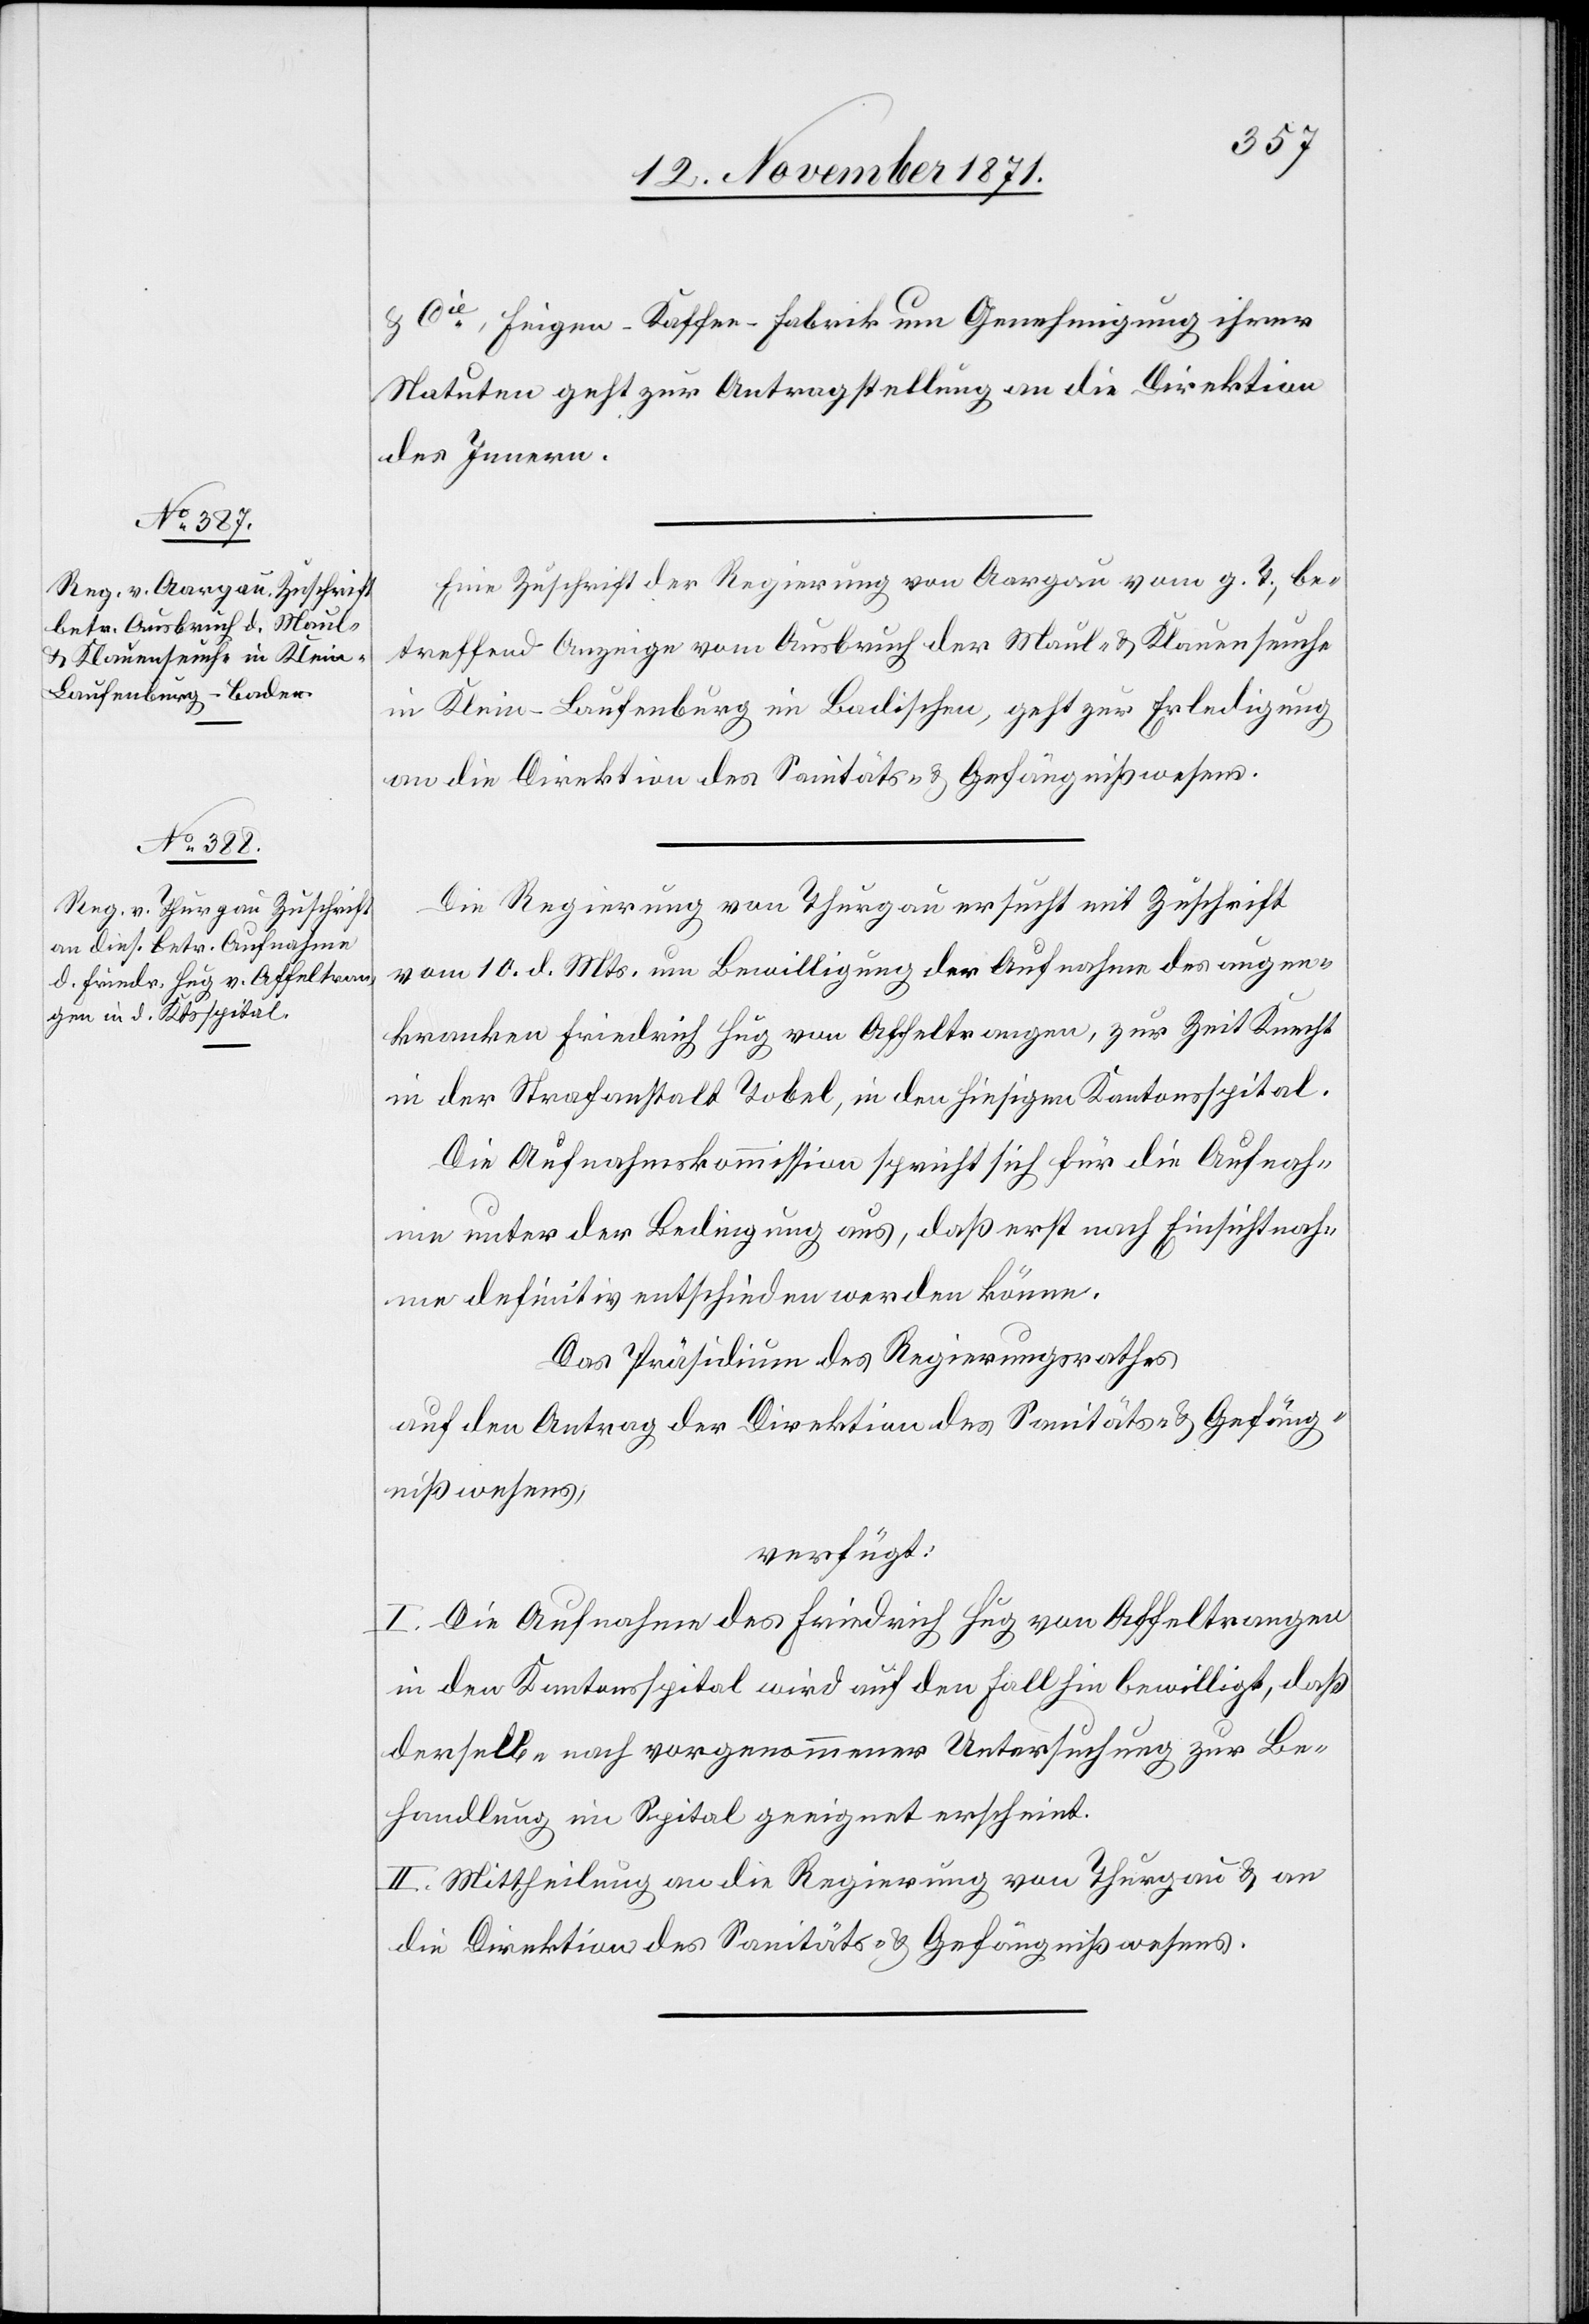
17. November 1871.]
& Cie, Feigen-Kaffee-Fabrik um Genehmigung ihrer
Statuten geht zur Antragstellung an die Direktion
des Innern.
Eine Zuschrift der Regierung von Aargau vom g. T., be¬
treffend Anzeige vom Ausbruch der Maul- & Klauenseuche
in Klein-Laufenberg im Badischen, geht zur Erledigung
an die Direktion des Sanitäts- & Gefängnißwesens.
Die Regierung von Thurgau ersucht mit Zuschrift
vom 10. d. Mts. um Bewilligung der Aufnahme des augen¬
kranken Friedrich Hug von Affeltrangen, zur Zeit Knecht
in der Strafanstalt Tobel, in den hiesigen Kantonsspital.
Die Aufnahmskommission spricht sich für die Aufnah¬
me unter der Bedingung aus, daß erst nach Einsichtnah¬
me definitiv entschieden werden könne.
Das Präsidium des Regierungsrathes
auf den Antrag der Direktion des Sanitäts- & Gefäng¬
nißwesens,
verfügt:
I. Die Aufnahme des Friedrich Hug von Affeltrangen
in den Kantonsspital wird auf den Fall hin bewilligt, daß
derselbe nach vorgenommener Untersuchung zur Be¬
handlung im Spital geeignet erscheint.
II. Mittheilung an die Regierung von Thurgau & an
die Direktion des Sanitäts- & Gefängnißwesens.